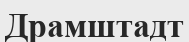
Драмштадт